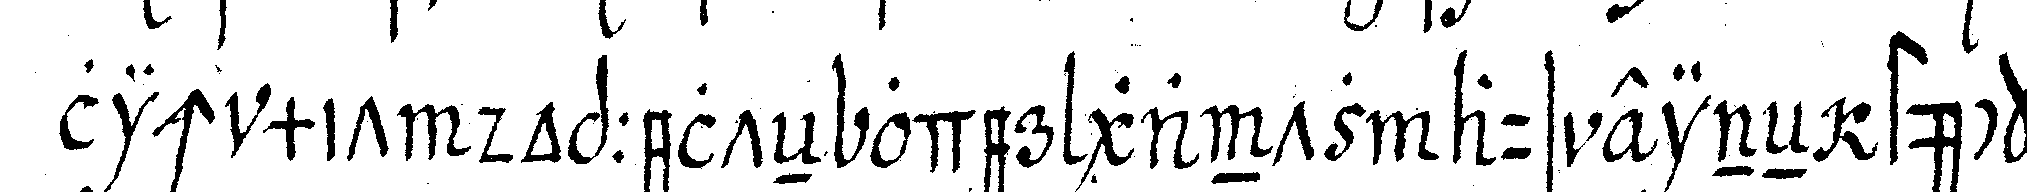
lich mit doppelteN oder gantz aus eineN stück